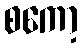
စကော့